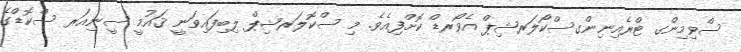
ސްވިމިންގ ޓްރެއިނިންގސްކޯލަރޝިޕް އެވޯރޑް ކޮށްފިއެވެ. މި ސްކޮލަރޝިޕް ލިބިފައިވަނީ ޤައުމީ ސީނިއަރ ސްކޮޑްގެ